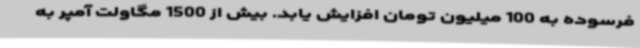
فرسوده به 100 میلیون تومان افزایش یابد. بیش از 1500 مگاولت آمپر به